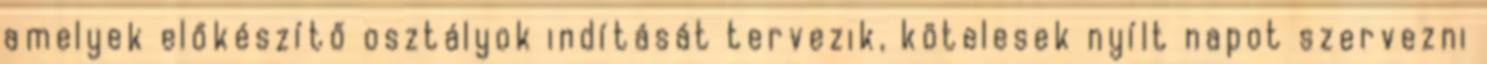
amelyek előkészítő osztályok indítását tervezik, kötelesek nyílt napot szervezni